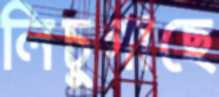
লিচুগাছে